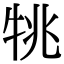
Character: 𤙔